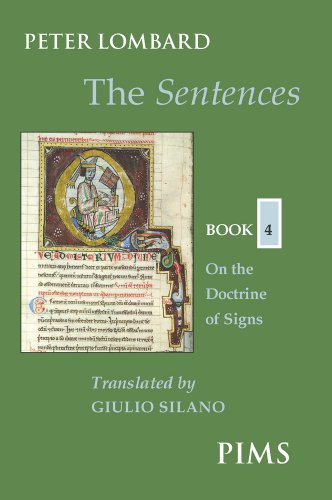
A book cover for The Sentences, Book 4: On the Doctrine of Signs (Mediaeval Sources in Translation); Peter Lombard; Politics & Social Sciences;